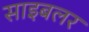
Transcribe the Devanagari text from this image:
साइबलर